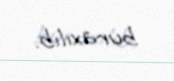
buraxılıb.